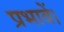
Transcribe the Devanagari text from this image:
प्रभावें।